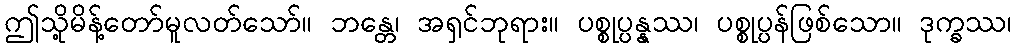
ဤသို့မိန့်တော်မူလတ်သော်။ ဘန္တေ၊ အရှင်ဘုရား။ ပစ္စုပ္ပန္နဿ၊ ပစ္စုပ္ပန်ဖြစ်သော။ ဒုက္ခဿ၊